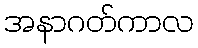
အနာဂတ်ကာလ